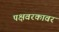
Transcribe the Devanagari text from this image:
पक्षवरकावर